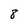
Character: 8